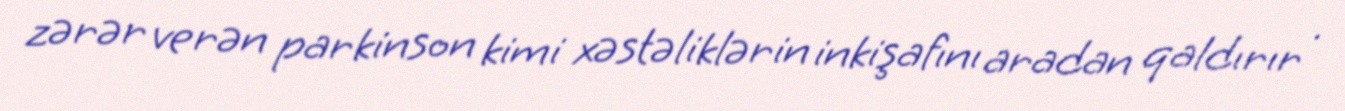
zərər verən parkinson kimi xəstəliklərin inkişafını aradan qaldırır .